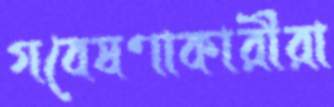
গবেষণাকারীরা